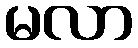
မလာ